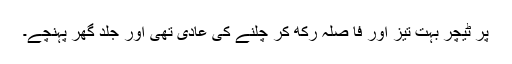
پر ٹیچر بہت تیز اور فا صلہ رکھ کر چلنے کی عادی تھی اور جلد گھر پہنچے۔